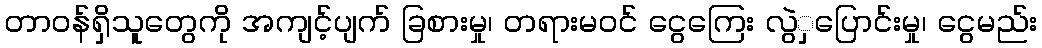
တာဝန်ရှိသူတွေကို အကျင့်ပျက် ခြစားမှု၊ တရားမဝင် ငွေကြေး လွဲှပြောင်းမှု၊ ငွေမည်း